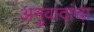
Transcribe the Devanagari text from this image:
अनुवादांचा